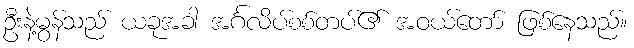
ဦးနဲ့မွန်သည် ယခုအခါ အင်္ဂလိပ်စစ်တပ်၏ အဝယ်တော် ဖြစ်နေသည်။